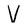
Character: V